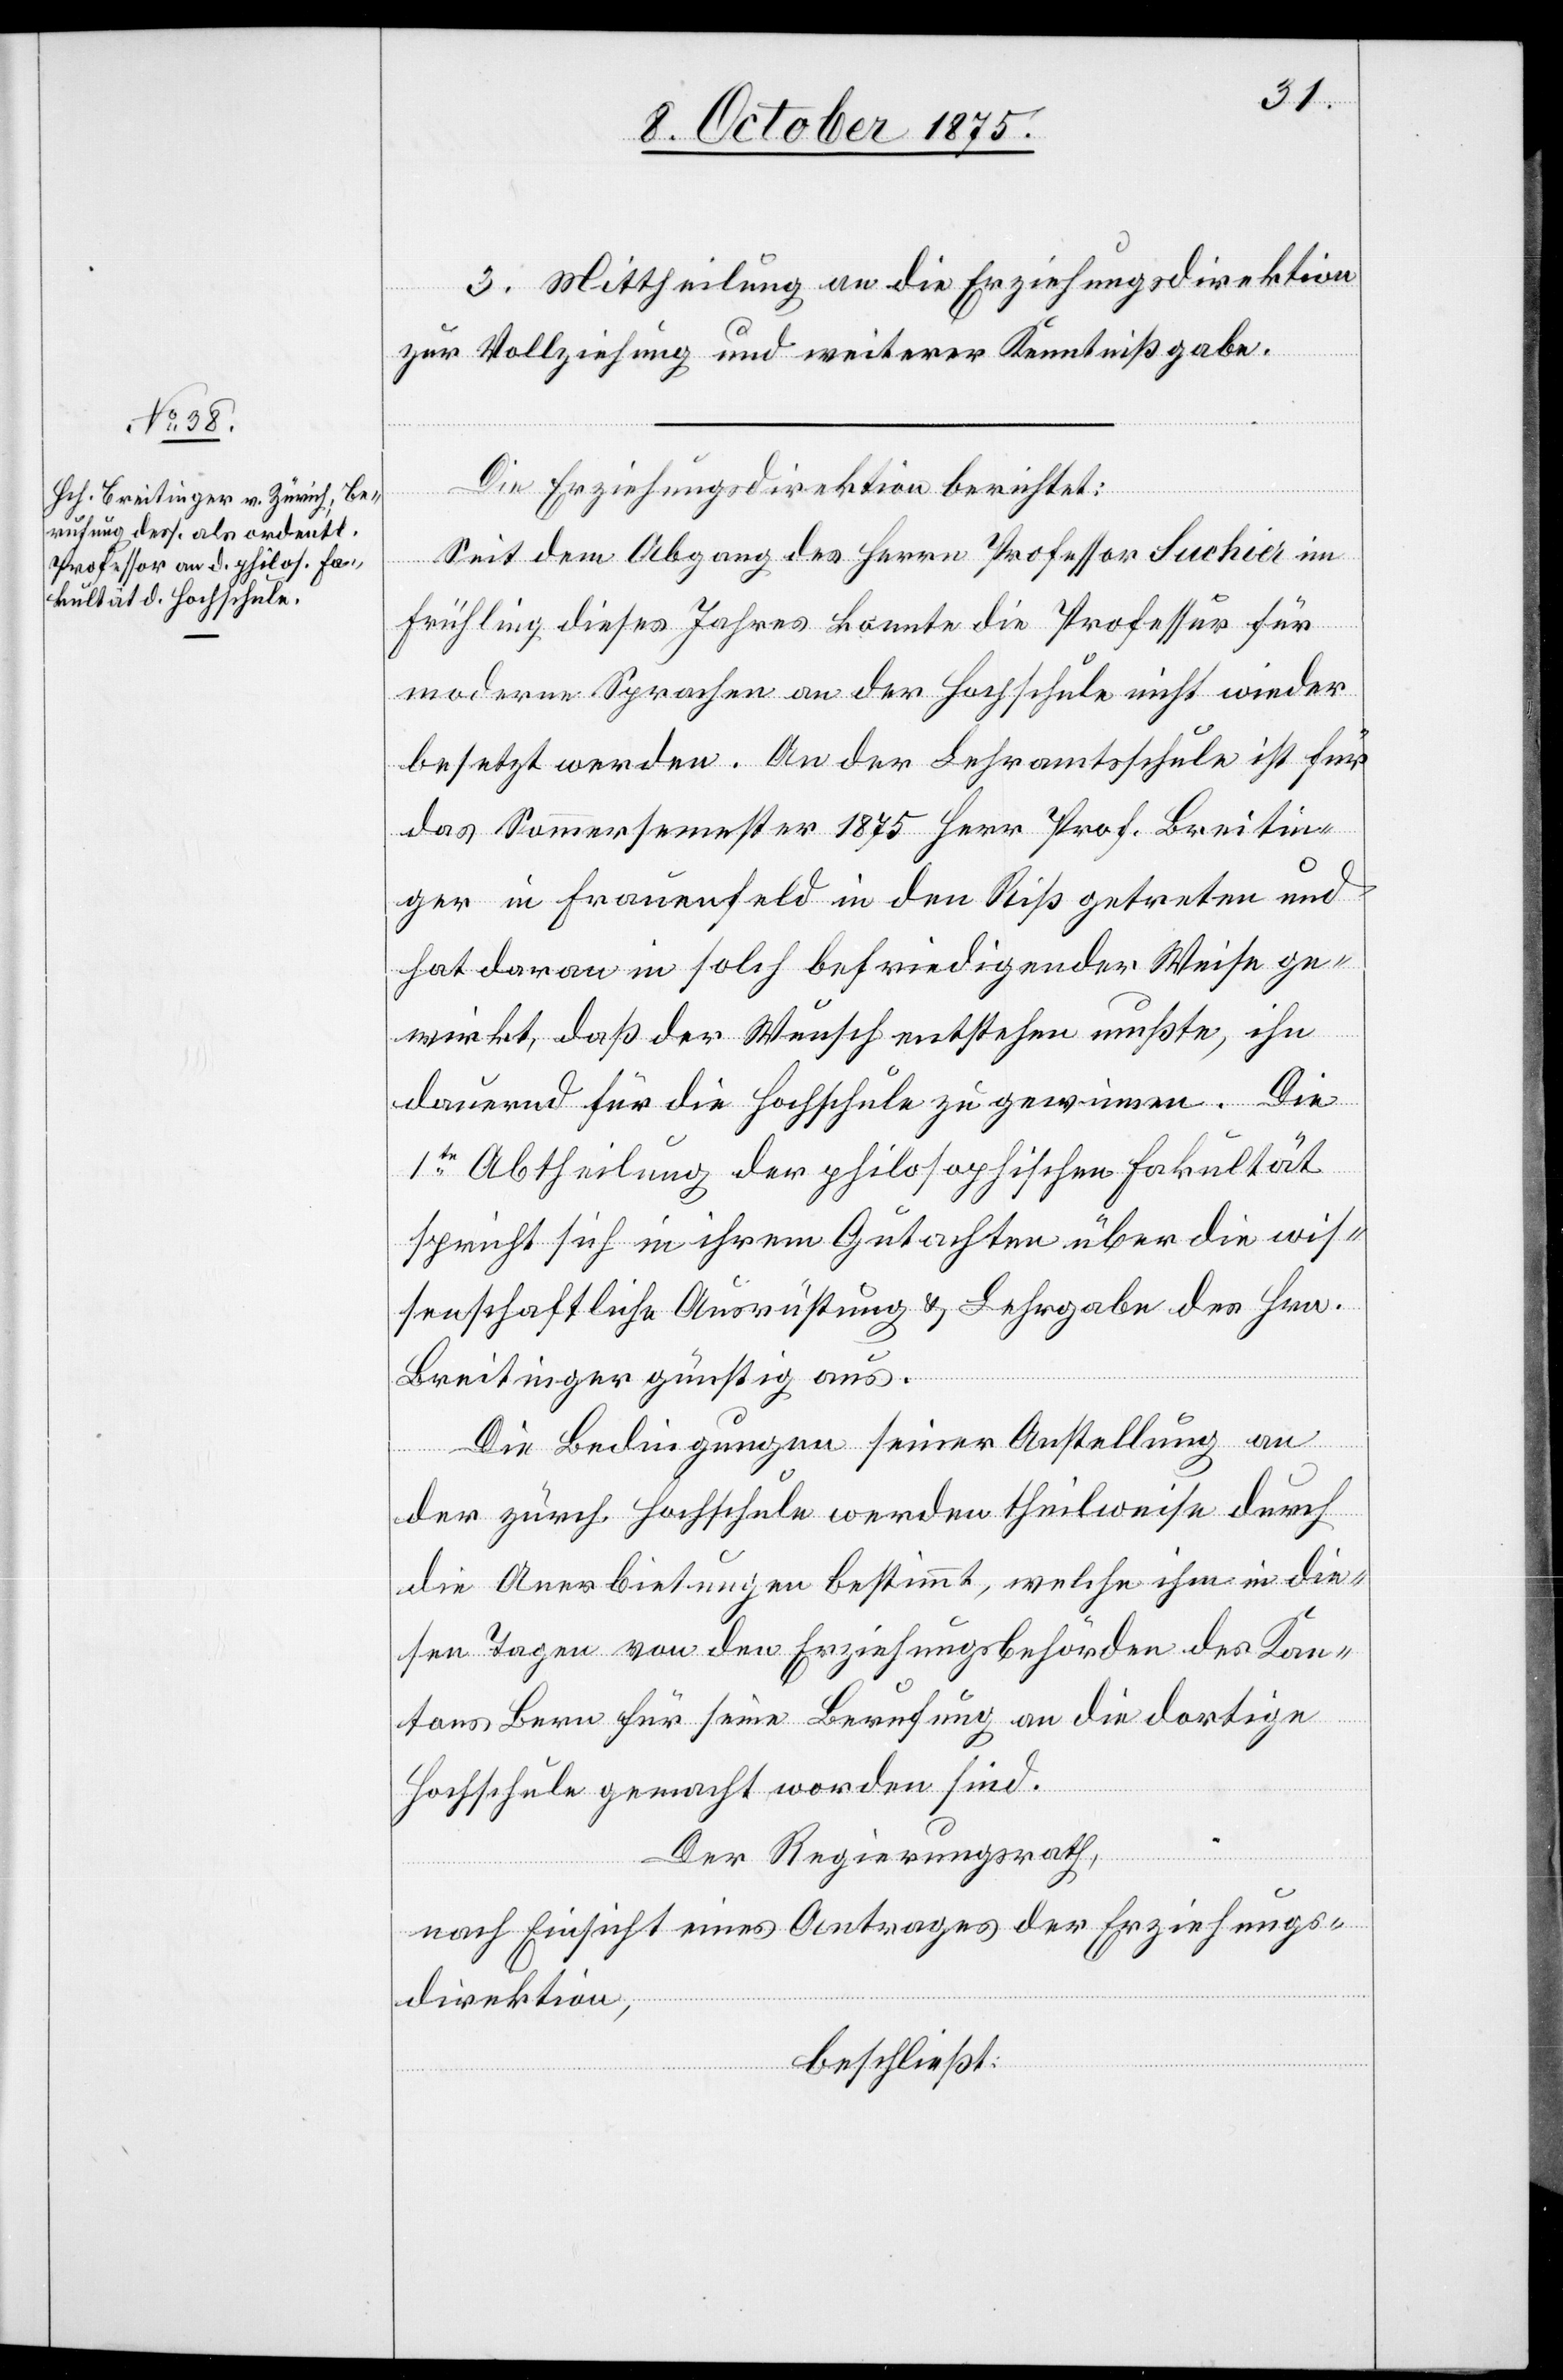
3. Mittheilung an die Erziehungsdirektion
zur Vollziehung und weiterer Kenntnißgabe.
Die Erziehungsdirektion berichtet:
Seit dem Abgang des Herrn Professor Suchier im
Frühling dieses Jahres konnte die Professur für
moderne Sprachen an der Hochschule nicht wieder
besetzt werden. An der Lehramtsschule ist für
das Sommersemester 1875 Herr Prof. Breitin¬
ger in Frauenfeld in den Riß getreten und
hat daran in solch befriedigender Wiese ge¬
wirkt, daß der Wunsch entstehen mußte, ihn
dauernd für die Hochschule zu gewinnen. Die
Ite Abtheilung der philosophischen Fakultät
spricht sich in ihrem Gutachten über die wis¬
senschaftliche Ausrüstung & Lehrgabe des Hrn.
Breitinger günstig aus.
Die Bedingungen seiner Anstellung an
der zürch. Hochschule werden theilweise durch
die Anerbietung bestimmt, welche ihm in die¬
sen Tagen von den Erziehungsbehörden des Kan¬
tons Bern für seine Berufung an die dortige
Hochschule gemacht worden sind.
Der Regierungsrath,
nach Einsicht eines Antrages der Erziehungs¬
direktion,
beschließt: